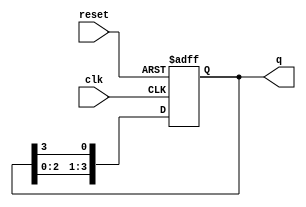
module ring_counter #(parameter N = 4) (
    input wire clk,          // Clock input
    input wire reset,        // Asynchronous reset input
    output reg [N-1:0] q     // Output states of the flip-flops
);

// Internal signal for the next state
reg [N-1:0] next_state;

// Always block for state transition on the rising edge of the clock
always @(posedge clk or posedge reset) begin
    if (reset) begin
        // Initialize to the first state (0001)
        q <= 1'b1; // Set the first flip-flop to '1'
    end else begin
        // Shift the '1' to the next flip-flop
        q <= {q[N-2:0], q[N-1]}; // Shift left and wrap around
    end
end

endmodule